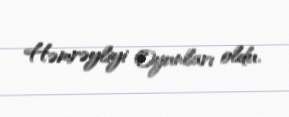
Həmrəyliyi Oyunları oldu.